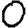
Digit: 0